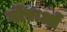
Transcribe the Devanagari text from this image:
गोंपाओं